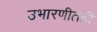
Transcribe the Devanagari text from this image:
उभारणीतही